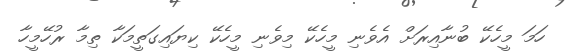
ހަމަ މީހެކޭ ބުނާއިރަށް އެވެނި މީހެކޭ މިވެނި މީހެކޭ ކިޔައިގަތީމަކާ ތިމާ ރުހޭމީހާ